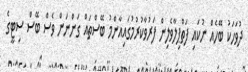
ދުވަހަކު ބޭހެއް ނުކައި ފަތްޕިލާވެލިން ފަރުވާކުރުމުގައިއާންމު ބޭސްތައް ގަަންނަން ވެސް ބޭސް ސިޓީގެ